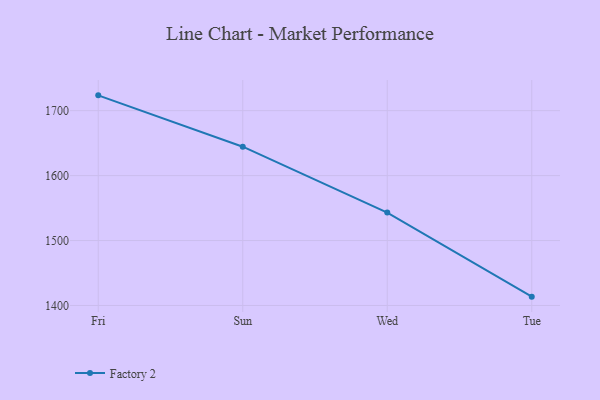
{"axis": {"x": "Day", "y": "Net Income (USD K)"}, "legend": ["Factory 2"], "data": [{"x": "Fri", "y": 1723.6, "type": "Factory 2"}, {"x": "Sun", "y": 1644.5, "type": "Factory 2"}, {"x": "Wed", "y": 1543.0, "type": "Factory 2"}, {"x": "Tue", "y": 1413.6, "type": "Factory 2"}]}